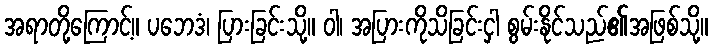
အရာတို့ကြောင့်။ ပဘေဒံ၊ ပြားခြင်းသို့။ ဝါ၊ အပြားကိုသိခြင်းငှါ စွမ်းနိုင်သည်၏အဖြစ်သို့။